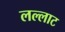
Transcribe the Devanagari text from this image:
लल्लाट